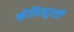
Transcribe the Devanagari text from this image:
कोहिनूरची